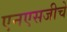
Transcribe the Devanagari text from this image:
एनएसजीचे